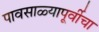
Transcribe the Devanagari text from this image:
पावसाळ्यापूर्वीचा